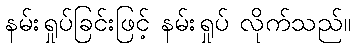
နမ်းရှုပ်ခြင်းဖြင့် နမ်းရှုပ် လိုက်သည်။